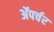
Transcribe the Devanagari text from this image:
ॲपर्चर